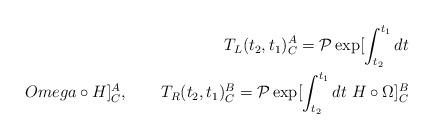
LaTeX: \begin{align*}T_L(t_2,t_1)^A_C = {\cal P} \exp [\int_{t_2}^{t_1}dt \\Omega\circ H]^A_C, \qquad T_R(t_2,t_1)^B_C = {\cal P}\exp [\int_{t_2}^{t_1}dt \ H \circ \Omega]^B_C\end{align*}